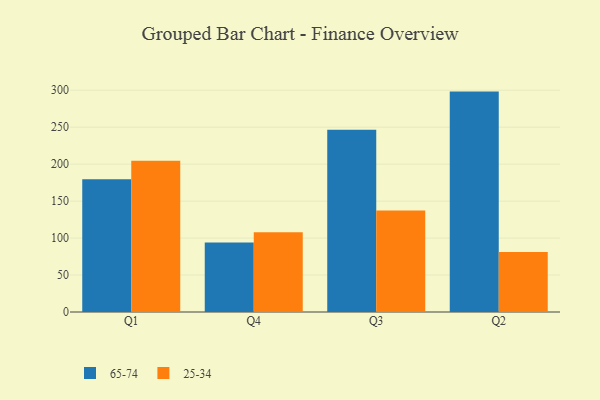
{"axis": {"x": "Quarter", "y": "LTV (USD)"}, "legend": ["25-34", "65-74"], "data": [{"x": "Q1", "y": 179.7, "type": "65-74"}, {"x": "Q1", "y": 204.5, "type": "25-34"}, {"x": "Q4", "y": 93.9, "type": "65-74"}, {"x": "Q4", "y": 107.7, "type": "25-34"}, {"x": "Q3", "y": 246.5, "type": "65-74"}, {"x": "Q3", "y": 137.2, "type": "25-34"}, {"x": "Q2", "y": 298.1, "type": "65-74"}, {"x": "Q2", "y": 81.0, "type": "25-34"}]}